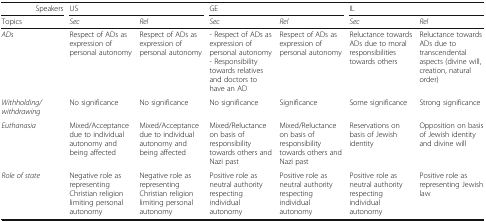
<table><thead><tr><td colspan="2"><b>Speakers</b></td><td colspan="2"><b>US</b></td><td colspan="2"><b>GE</b></td><td colspan="2"><b>IL</b></td></tr><tr><td colspan="2"><b>Topics</b></td><td><b><i>Sec</i></b></td><td><b><i>Rel</i></b></td><td><b><i>Sec</i></b></td><td><b><i>Rel</i></b></td><td><b><i>Sec</i></b></td><td><b><i>Rel</i></b></td></tr></thead><tbody><tr><td colspan="2"><i>ADs</i></td><td>Respect of ADs as expression of personal autonomy</td><td>Respect of ADs as expression of personal autonomy</td><td>- Respect of ADs as expression of personal autonomy- Responsibility towards relatives and doctors to have an AD</td><td>Respect of ADs as expression of personal autonomy</td><td>Reluctance towards ADs due to moral responsibilities towards others</td><td>Reluctance towards ADs due to transcendental aspects (divine will, creation, natural order)</td></tr><tr><td colspan="2"><i>Withholding/withdrawing</i></td><td>No significance</td><td>No significance</td><td>No significance</td><td>Significance</td><td>Some significance</td><td>Strong significance</td></tr><tr><td colspan="2"><i>Euthanasia</i></td><td>Mixed/Acceptance due to individual autonomy and being affected</td><td>Mixed/Acceptance due to individual autonomy and being affected</td><td>Mixed/Reluctance on basis of responsibility towards others and Nazi past</td><td>Mixed/Reluctance on basis of responsibility towards others and Nazi past</td><td>Reservations on basis of Jewish identity</td><td>Opposition on basis of Jewish identity and divine will</td></tr><tr><td colspan="2"><i>Role of state</i></td><td>Negative role as representing Christian religion limiting personal autonomy</td><td>Negative role as representing Christian religion limiting personal autonomy</td><td>Positive role as neutral authority respecting individual autonomy</td><td>Positive role as neutral authority respecting individual autonomy</td><td>Positive role as neutral authority respecting individual autonomy</td><td>Positive role as representing Jewish law</td></tr></tbody></table>